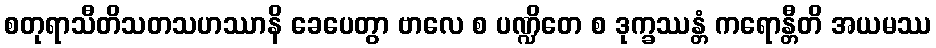
စတုရာသီတိသတသဟဿာနိ ခေပေတွာ ဗာလေ စ ပဏ္ဍိတေ စ ဒုက္ခဿန္တံ ကရောန္တီတိ အယမဿ